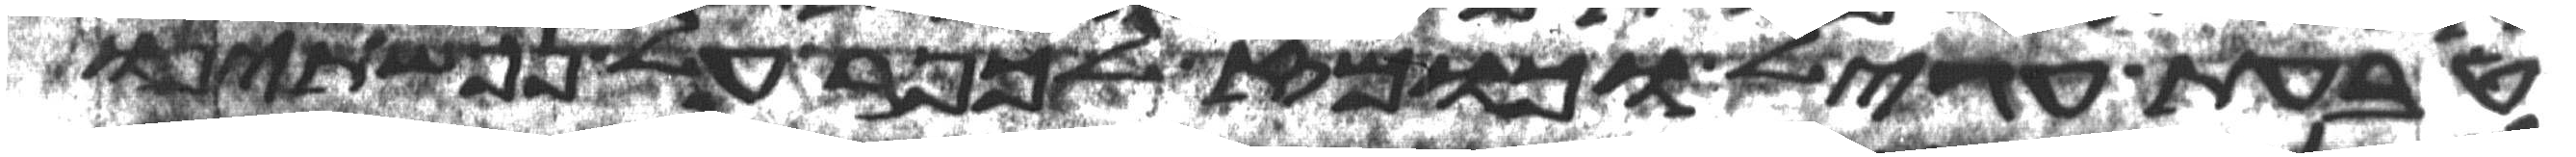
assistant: טבעת עגיל וכומז לכפר על נפשתינו